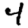
Digit: 4